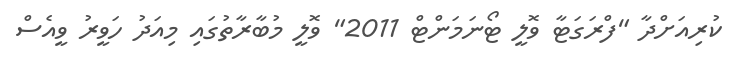
ކުރިއަށްދާ "ފްރަގަޓާ ވޮލީ ޓޯނަމަންޓް 2011" ވޮލީ މުބާރާތުގައި މިއަދު ހަވީރު ވީއެސް